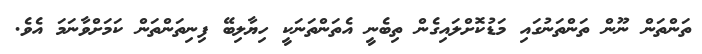
ތަންތަން ނޫން ތަންތަނުގައި މަޑުކޮށްލައިގެން ތިބެނީ އެތަންތަނަކީ ހިޔާލިބޭ ފިނިތަންތަން ކަމަށްވާނަމަ އެވެ.